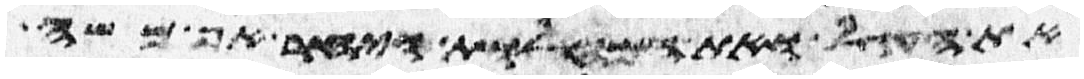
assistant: את העגל ואת המחלות ויחר אף משה